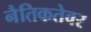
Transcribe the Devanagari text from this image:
नैतिकतेवर